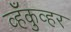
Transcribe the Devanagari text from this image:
व्हँकुव्हर